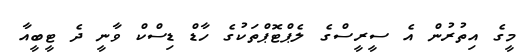
މީގެ އިތުރުން އެ ސީރީސްގެ ލެޕްޓޮޕްތަކުގެ ހާޑް ޑިސްކް ވާނީ ދެ ޓީބީއާ